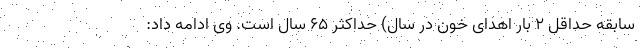
سابقه حداقل ۲ بار اهدای خون در سال) حداکثر ۶۵ سال است. وی ادامه داد: